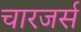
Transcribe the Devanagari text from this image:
चारजर्स